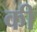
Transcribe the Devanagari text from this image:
की